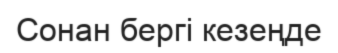
Сонан бергі кезеңде